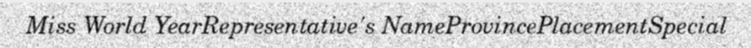
Miss World YearRepresentative's NameProvincePlacementSpecial